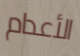
الأعدام